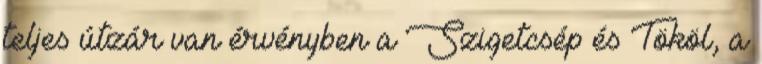
teljes útzár van érvényben a Szigetcsép és Tököl, a